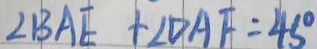
\angle B A E + \angle D A F = 4 5 ^ { \circ }